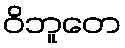
ဝိဘူတေ